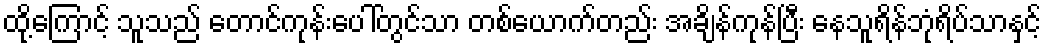
ထို့ကြောင့် သူသည် တောင်ကုန်းပေါ်တွင်သာ တစ်ယောက်တည်း အချိန်ကုန်ပြီး နေသူရိန်ဘုံရိပ်သာနှင့်